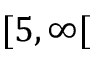
[ 5 , \infty [